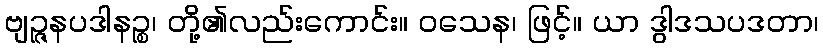
ဗျဉ္ဇနပဒါနဉ္စ၊ တို့၏လည်းကောင်း။ ဝသေန၊ ဖြင့်။ ယာ ဒွါဒသပဒတာ၊